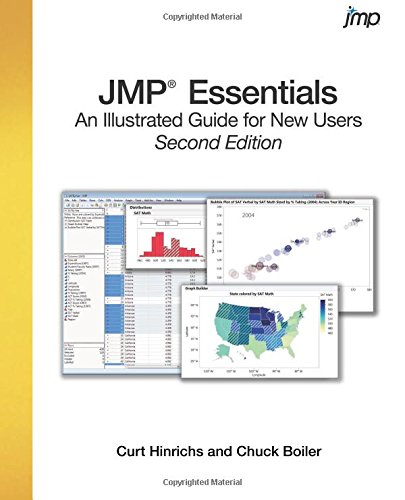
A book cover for JMP(R) Essentials: An Illustrated Step-by-Step Guide for New Users, Second Edition; Curt Hinrichs; Computers & Technology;